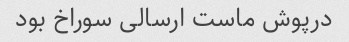
درپوش ماست ارسالی سوراخ بود